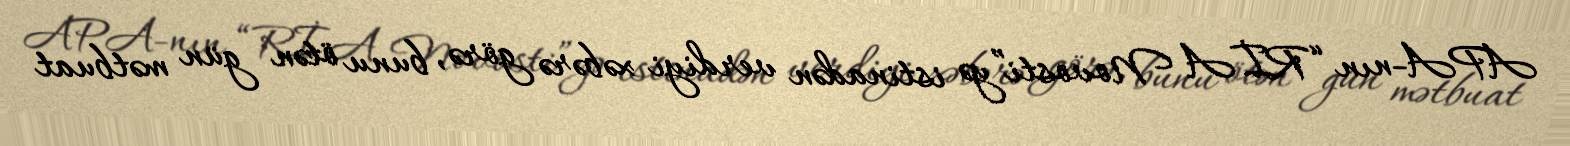
APA-nın “RİA Novosti”yə istinadən verdiyi xəbərə görə, bunu ötən gün mətbuat